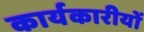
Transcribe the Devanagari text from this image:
कार्यकारीयों